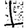
Digit: 1